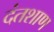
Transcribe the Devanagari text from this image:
दंतशाण